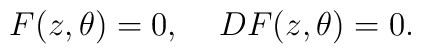
F(z,\theta) = 0, \;\;\;\; DF(z,\theta) = 0.